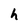
Character: h